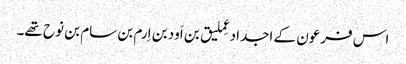
اس فرعون کے اجداد عِملیق بن اَود بن اِرم بن سام بن نوح تھے۔